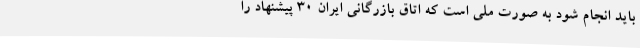
باید انجام شود به صورت ملی است که اتاق بازرگانی ایران 30 پیشنهاد را